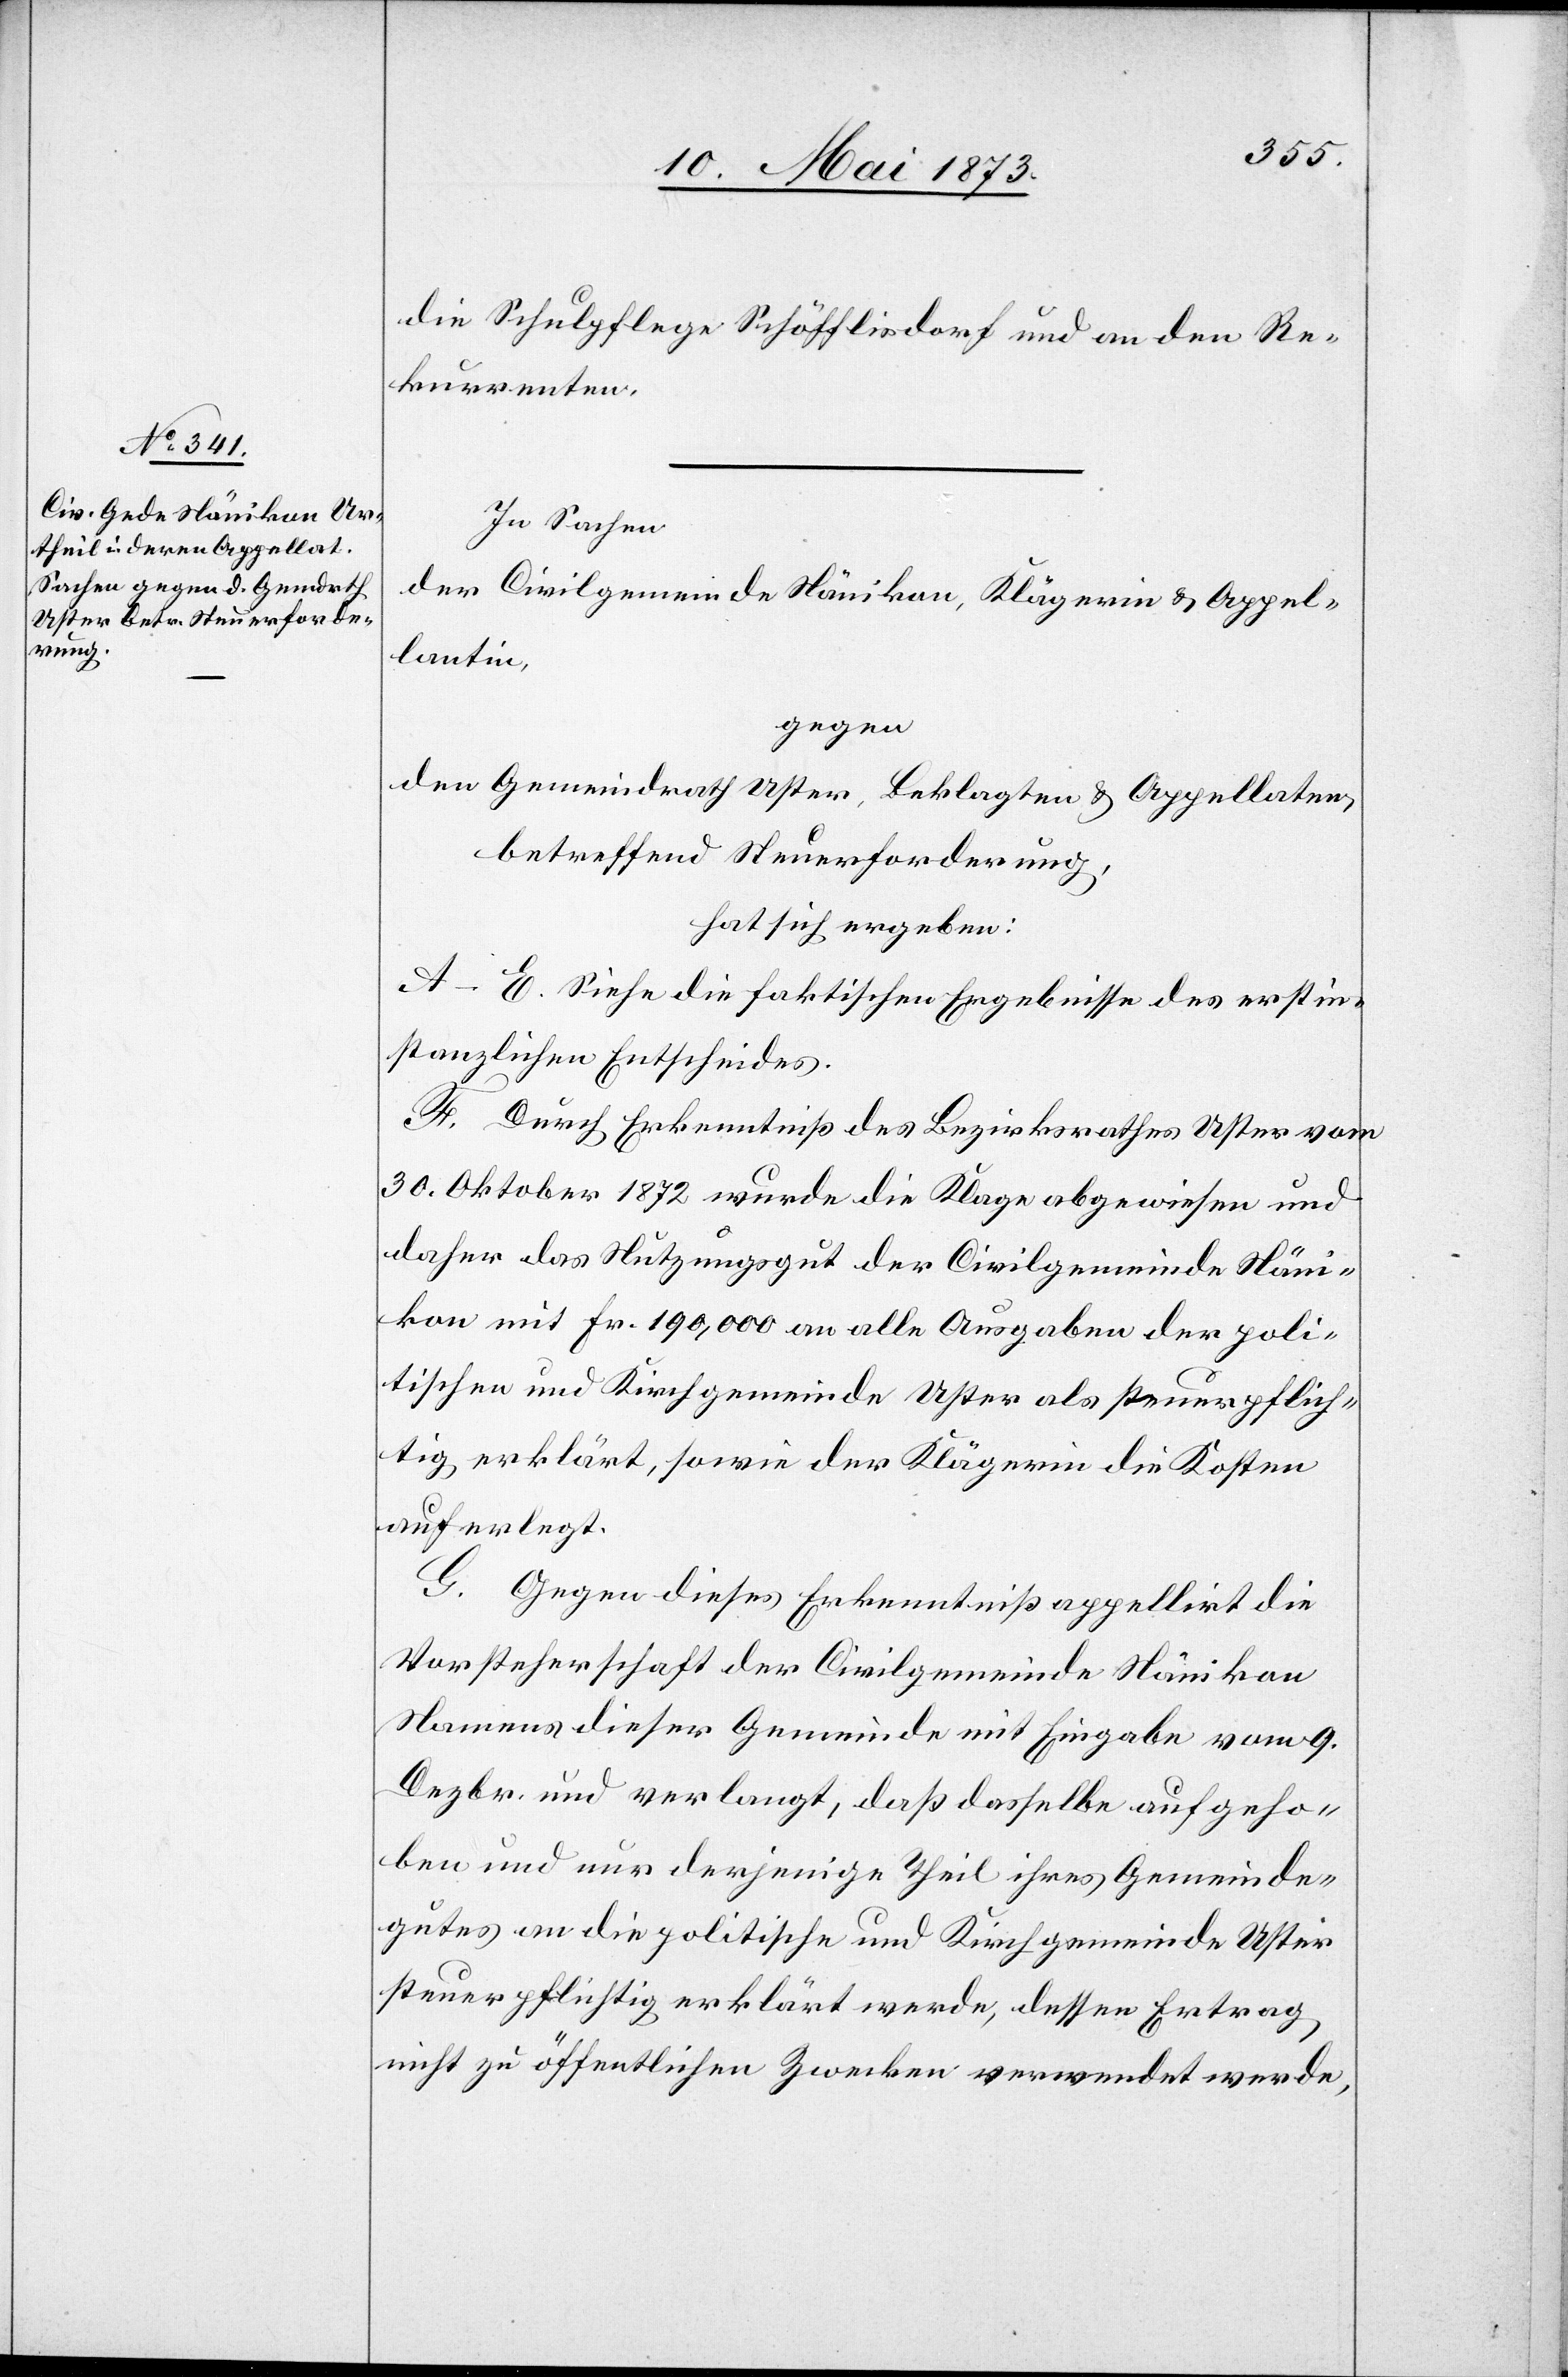
die Schulpflege Schöfflisdorf und an den Re¬
kurrenten.